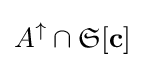
A^{\uparrow }\cap {\mathfrak {S}}[\mathbf {c} ]